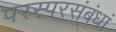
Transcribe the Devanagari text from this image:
परस्परसंबंधां